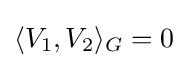
\langle V_{1},V_{2}\rangle _{G}=0